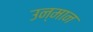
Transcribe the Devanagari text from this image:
उन्मान